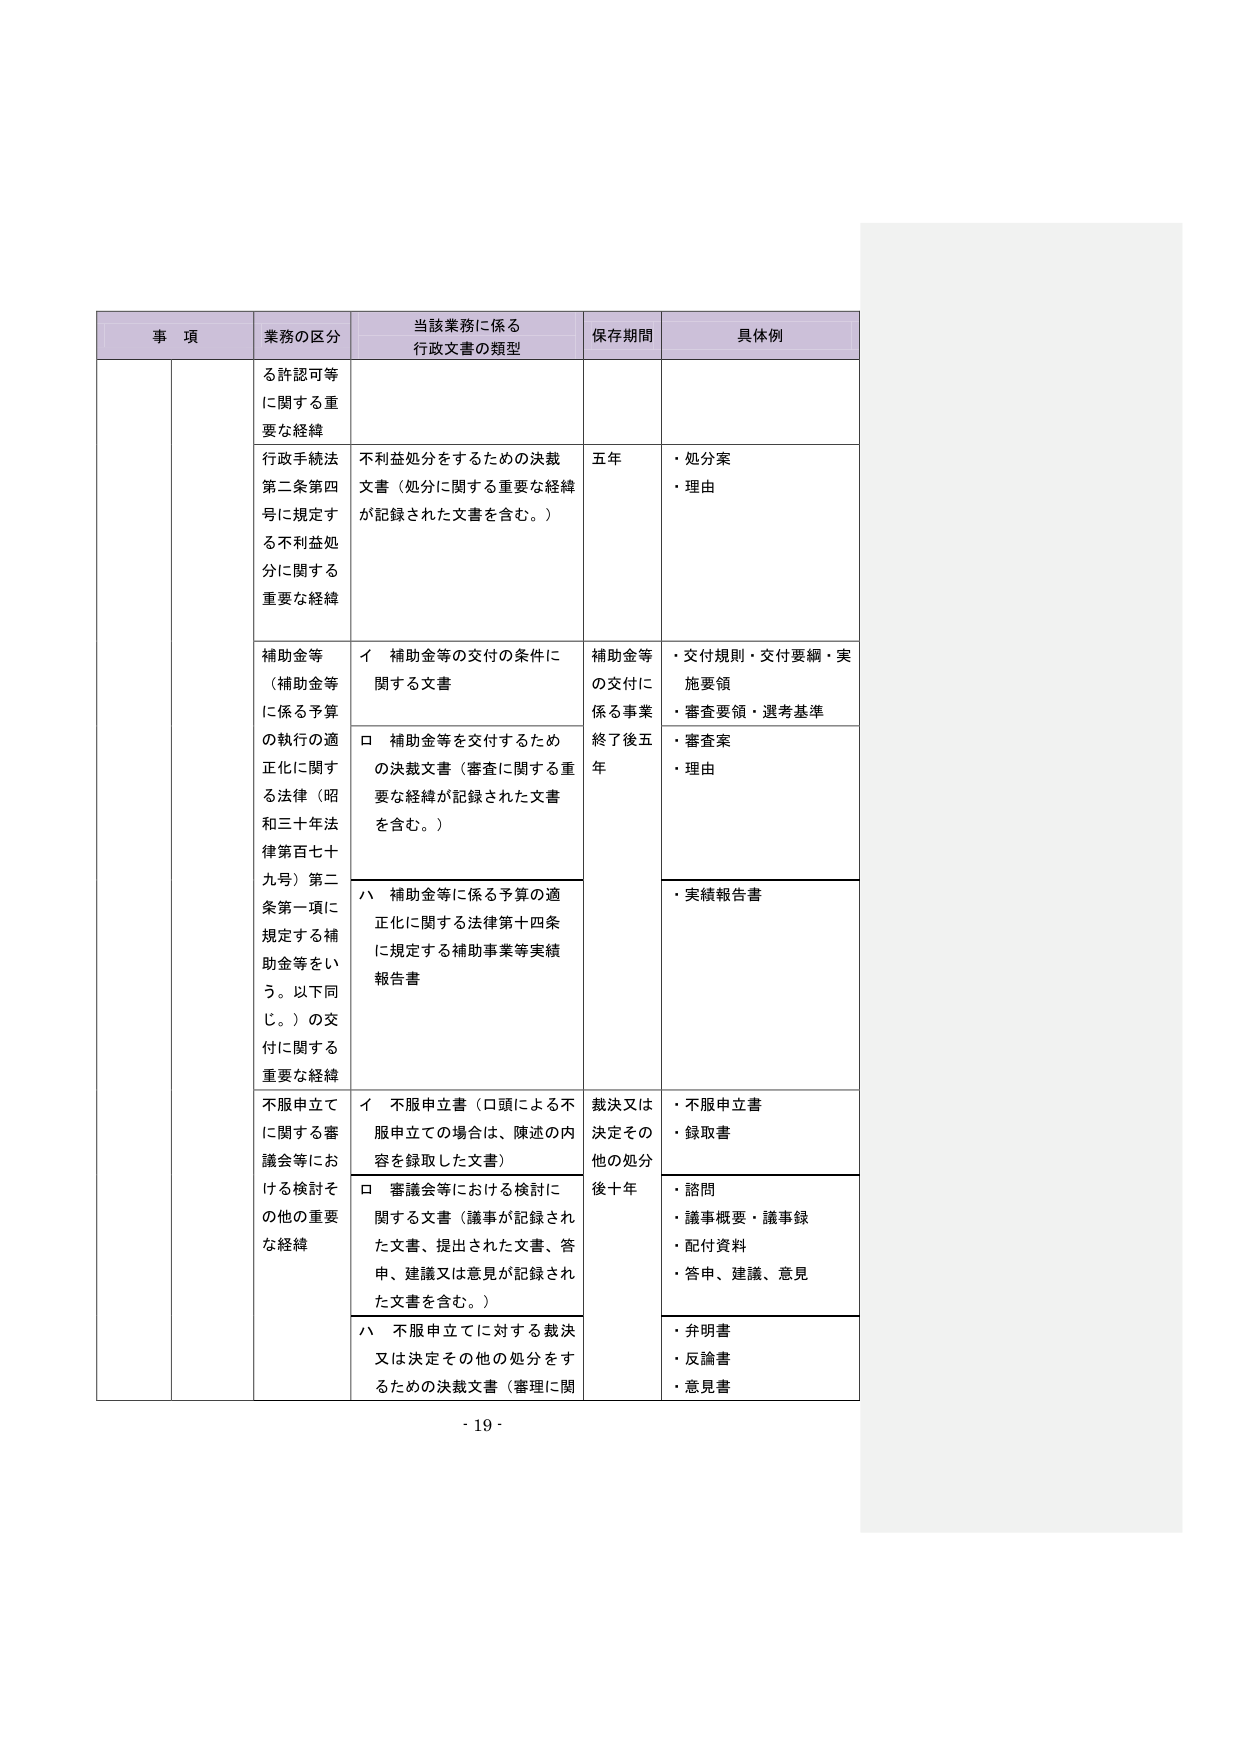
事 項 業務の区分 当該業務に係る 行政文書の類型 保存期間 具体例 る許認可等 に関する重要 な経緯 行政手続法 第二条第四 号に規定す る不利益処 分に関する 重要な経緯 不利益処分をするための決裁 文書（処分に関する重要な経緯 が記録された文書を含む。） 五年 ・処分案 ・理由 補助金等 （補助金等 に係る予算 の執行の適 正化に関する法律（昭 和三十年法律第百七十 九号）第二 条第一項に 規定する補 助金等をいう。以下同じ。）の交付に関する 重要な経緯 イ 補助金等の交付の条件に 関する文書 補助金等 の交付に 係る事業 終了後五 年 ・交付規則・交付要綱・実 施要領 ・審査要領・選考基準 ロ 補助金等を交付するため の決裁文書（審査に関する重 要な経緯が記録された文書 を含む。） ・審査案 ・理由 ハ 補助金等に係る予算の適 正化に関する法律第十四条 に規定する補助事業等実績 報告書 ・実績報告書 不服申立て に関する審 議会等にお ける検討そ の他の重要 な経緯 イ 不服申立書（口頭による不服申立ての場合は、陳述の内容を録取した文書） 裁決又は 決定その 他の処分 後十年 ・不服申立書 ・録取書 ロ 審議会等における検討に 関する文書（議事が記録された文書、提出された文書、答申、建議又は意見が記録された文書を含む。） ・諮問 ・議事概要・議事録 ・配付資料 ・答申、建議、意見 ハ 不服申立てに対する裁決 又は決定その他の処分をするための決裁文書（審理に関 ・弁明書 ・反論書 ・意見書 - 19 -